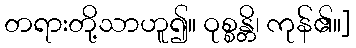
တရားတို့သာဟူ၍။ ဝုစ္စန္တိ၊ ကုန်၏။]